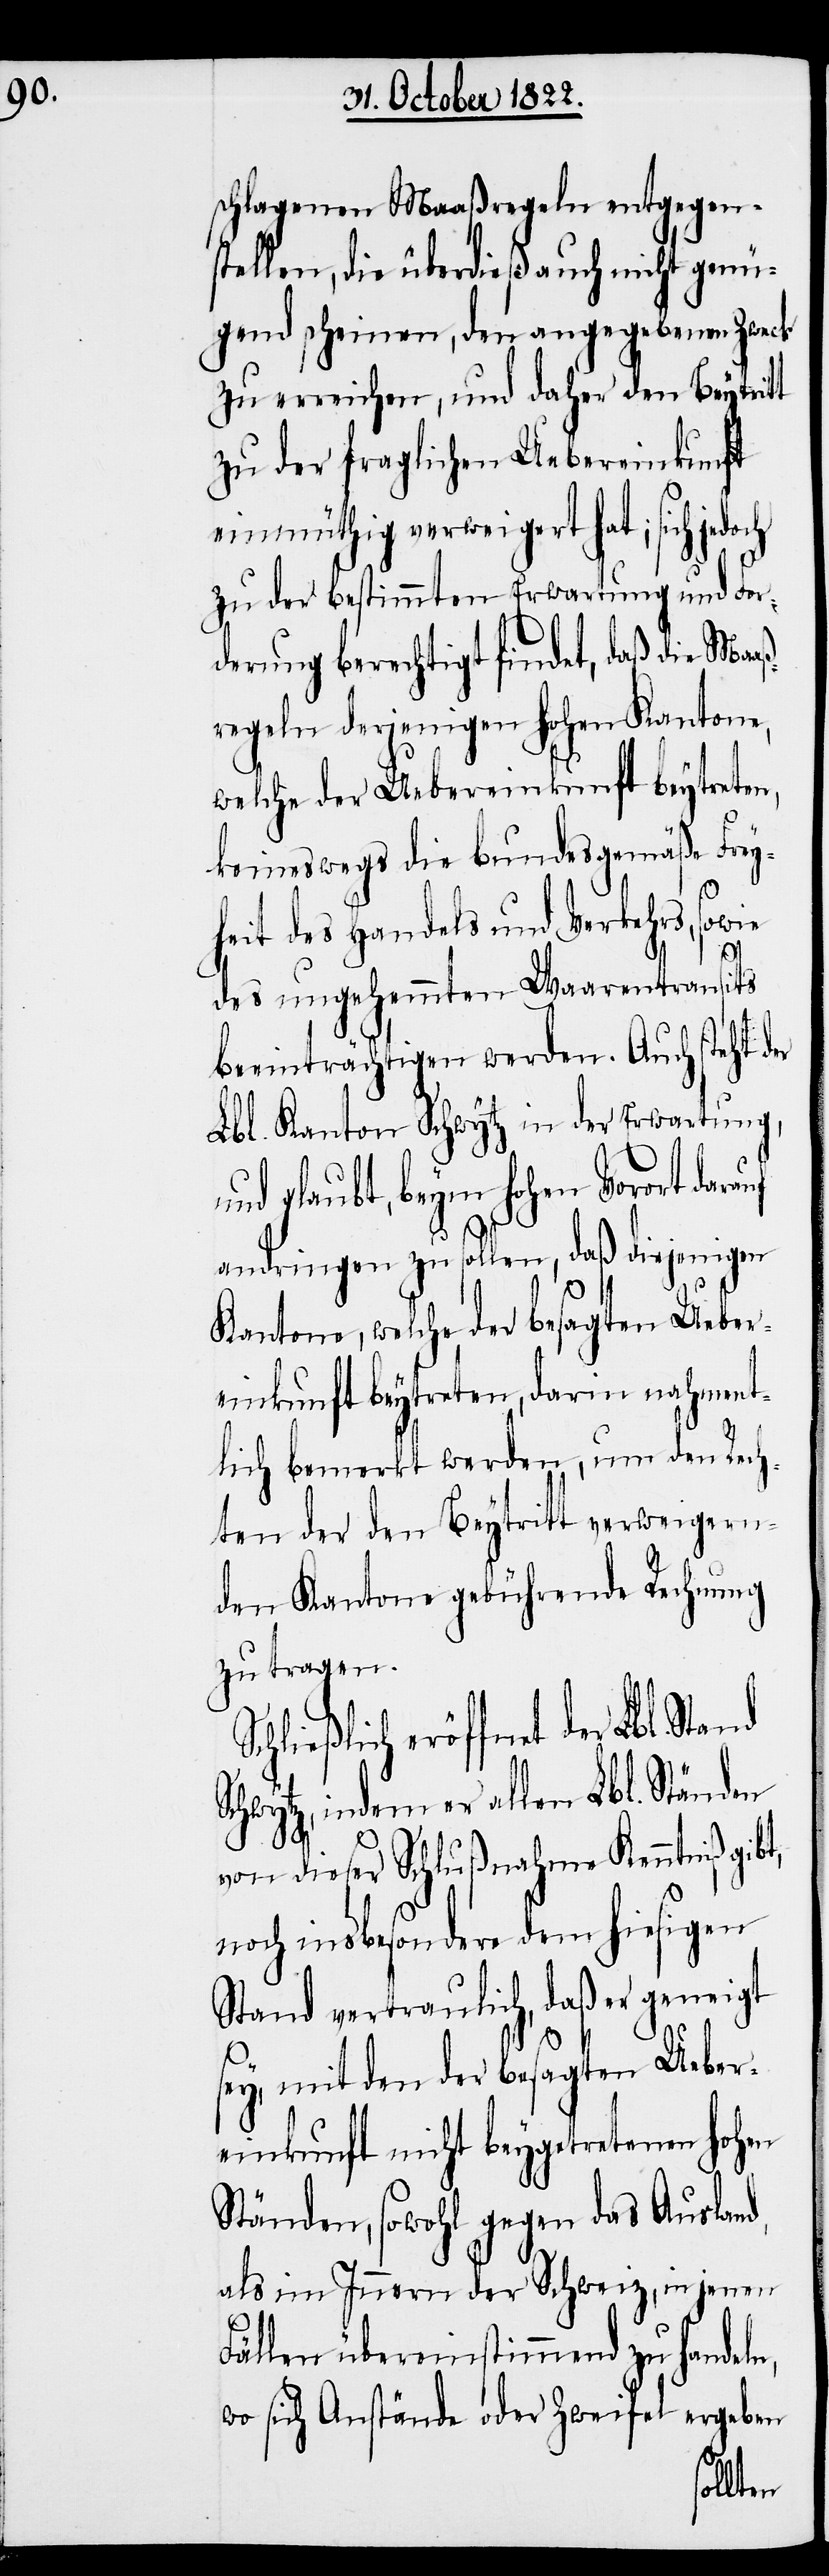
schlagenen Maaßregeln entgegens¬
tellen, die überdieß auch nicht genü¬
gend scheinen, den angegebenen Zweck
zu erreichen, und daher den Beytritt
zu der fraglichen Uebereinkunft
einmüthig verweigert hat; sich
zu der bestimmten Erwartung und For¬
derung berechtigt findet, daß die Maaß¬
regeln derjenigen hohen Kantone,
welche der Uebereinkunft beytreten,
keineswegs die bundesgemäße Frey¬
heit des Handels und Verkehrs, sowie
d,
des ungehemmten Waarentransits
beeinträchtigen werden. Auch steht der
Lbl. Kanton Schwytz in der Erwartung,
und glaubt, beym hohen Vorort dara¬
andringen zu sollen, daß diejenigen
Kantone, welche der besagten Ueber¬
einkunft beytreten, darin nahment¬
lich bemerkt werden, um den Rech¬
ten der den Beytritt verweigern¬
den Kantone gebührende Rechnung
zu tragen.
Schließlich eröffnet der Lbl.
Schwytz, indem er allen Lbl. Ständen
von dieser Schlußnahme Kenntniß gib¬
noch insbesondere dem hiesigen
Stand vertraulich, daß er geneigt
sey, mit den der besagten Ueber¬
einkunft nicht beygetretenen hohen
Ständen, sowohl gegen das Auslan¬
als im Innnern der Schweiz, in jenen
Fällen übereinstimmend zu handeln,
wo sich Anstände oder Zweifel ergeben